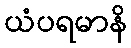
ယံပရမာနိ